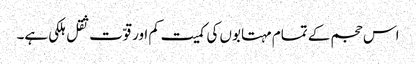
اس حجم کے تمام مہتابوں کی کمیت کم اور قوّت ثقل ہلکی ہے۔